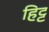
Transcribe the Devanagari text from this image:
हिट्ट